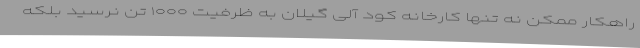
راهکار ممکن نه تنها کارخانه کود آلی گیلان به ظرفیت ۱۰۰۰ تن نرسید بلکه